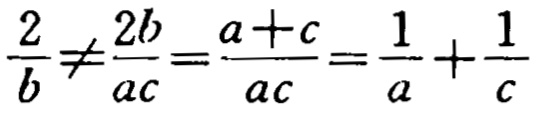
$\frac{2}{b}\neq\frac{2b}{ac}=\frac{a + c}{ac}=\frac{1}{a}+\frac{1}{c}$